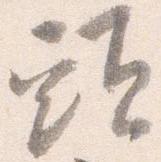
頭